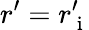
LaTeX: r^{\prime}=r_{\mathrm{~i~}}^{\prime}